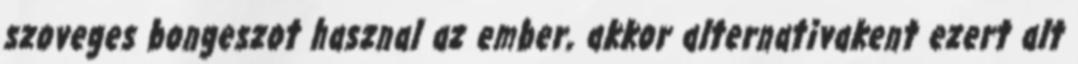
szoveges bongeszot hasznal az ember, akkor alternativakent ezert alt